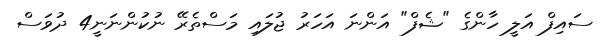
ސައިފް އަލީ ހާންގެ "ޝެފް" އަންނަ އަހަރު ޖުލައި މަސްތެރޭ ނުކުންނަނީ4 ދުވަސް